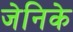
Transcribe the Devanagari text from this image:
जेनिके